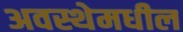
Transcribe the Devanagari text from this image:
अवस्थेमधील